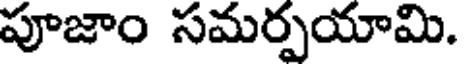
పూజాం సమర్పయామి.